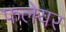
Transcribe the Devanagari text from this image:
फलेयर